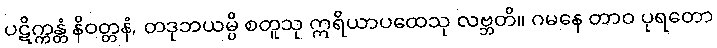
ပဋိက္ကန္တံ နိဝတ္တနံ, တဒုဘယမ္ပိ စတူသု ဣရိယာပထေသု လဗ္ဘတိ။ ဂမနေ တာဝ ပုရတော